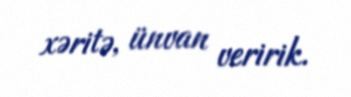
xəritə, ünvan veririk.